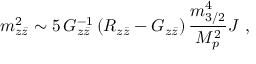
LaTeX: m _ { z { \bar { z } } } ^ { 2 } \sim 5 \, G _ { z { \bar { z } } } ^ { - 1 } \left( R _ { z { \bar { z } } } - G _ { z { \bar { z } } } \right) { \frac { m _ { 3 / 2 } ^ { 4 } } { M _ { p } ^ { 2 } } } { \cal J } \ ,